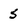
Character: 5